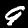
Label: 9